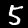
Label: 5